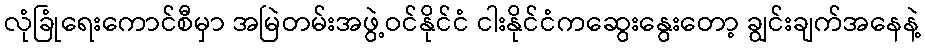
လုံခြုံရေးကောင်စီမှာ အမြဲတမ်းအဖွဲ့ဝင်နိုင်ငံ ငါးနိုင်ငံကဆွေးနွေးတော့ ချွင်းချက်အနေနဲ့